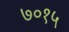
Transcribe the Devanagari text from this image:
७०१५